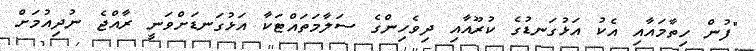
"ފުން ހިތާމައާއި އެކު އަޅުގަނޑުގެ ކުރޫއާއި ދިވެހިންގެ ސަލާމަތައްޓަކާ އަޅުގަނޑަށްވަނީ ރާއްޖެ ނުދިއުމަށް